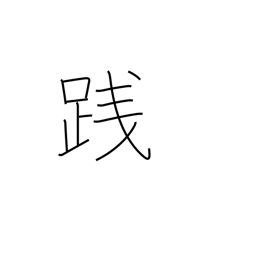
Meaning: tread